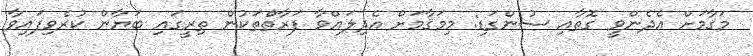
މަޤާމަށް އެދެންވީ ގޮތާއި ސުންގަޑި: މިމަޤާމަށް އެދިލައްވާ ފަރާތްތަކުން ތިރީގައި ބަޔާން ކުރެވިފައިވާ